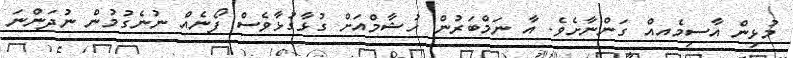
މުޅިން އާސިމެއއް ގަންނާށެވެ. އާ ނަމްބަރުން ހުޝާމްއަށް ގުޅާގުޅާވެސް ފޯނެއް ނުނެގުމުން ނުދަންނަ